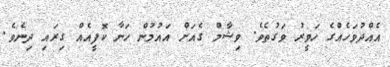
އެއްދުވަހެއްގެ ހަވީރު ވަގުތެވެ. ވިޝާމް ގެއަށް އައުމުން ހަނާ ކޮފީއެއް ގިރައި ދިނެވެ.